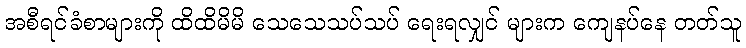
အစီရင်ခံစာများကို ထိထိမိမိ သေသေသပ်သပ် ရေးရလျှင် များက ကျေနပ်နေ တတ်သူ